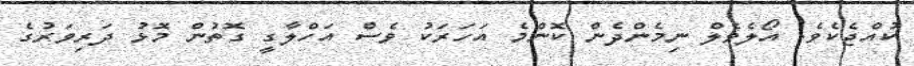
ކުއްޖެކެވެ. އޯލެވެލް ނިމެންދެން ކޮންމެ އަހަރަކު ވެސް އަހްލާގީ ގޮތުން މޮޅު ދަރިވަރުގެ